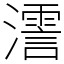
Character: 𤁳